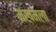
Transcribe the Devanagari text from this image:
मखमला